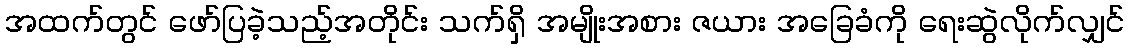
အထက်တွင် ဖော်ပြခဲ့သည့်အတိုင်း သက်ရှိ အမျိုးအစား ဇယား အခြေခံကို ရေးဆွဲလိုက်လျှင်